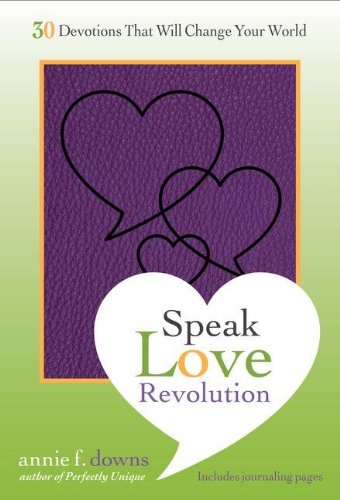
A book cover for Speak Love Revolution: 30 Devotions that Will Change Your World; Annie F. Downs; Teen & Young Adult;